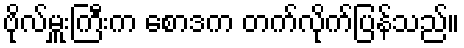
ဗိုလ်မှူးကြီးက စောဒက တက်လိုက်ပြန်သည်။